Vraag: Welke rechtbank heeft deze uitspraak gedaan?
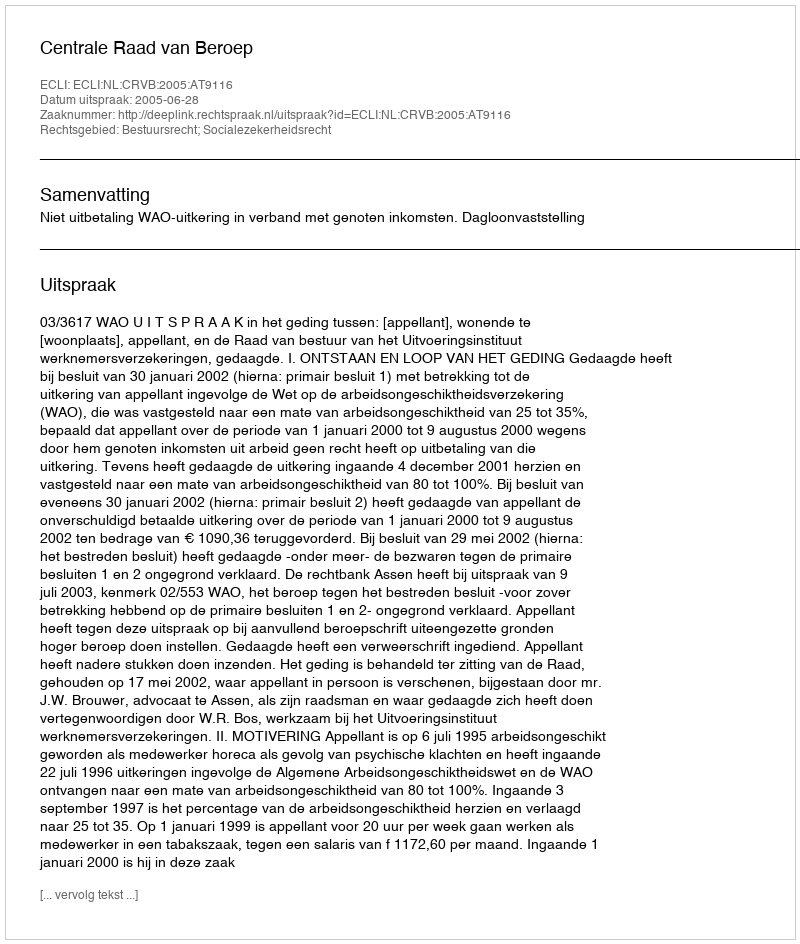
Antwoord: Centrale Raad van Beroep